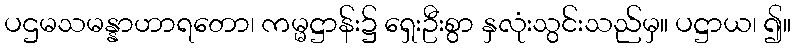
ပဌမသမန္နာဟာရတော၊ ကမ္မဋ္ဌာန်း၌ ရှေးဦးစွာ နှလုံးသွင်းသည်မှ။ ပဋ္ဌာယ၊ ၍။